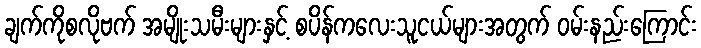
ချက်ကိုစလိုဗက် အမျိုးသမီးများနှင့် စပိန်ကလေးသူငယ်များအတွက် ဝမ်းနည်းကြောင်း